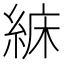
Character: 𦀾